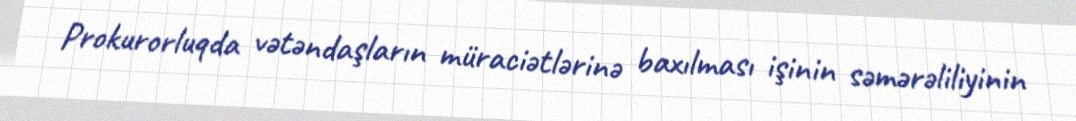
Prokurorluqda vətəndaşların müraciətlərinə baxılması işinin səmərəliliyinin